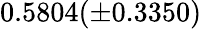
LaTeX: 0.5804(\pm 0.3350)